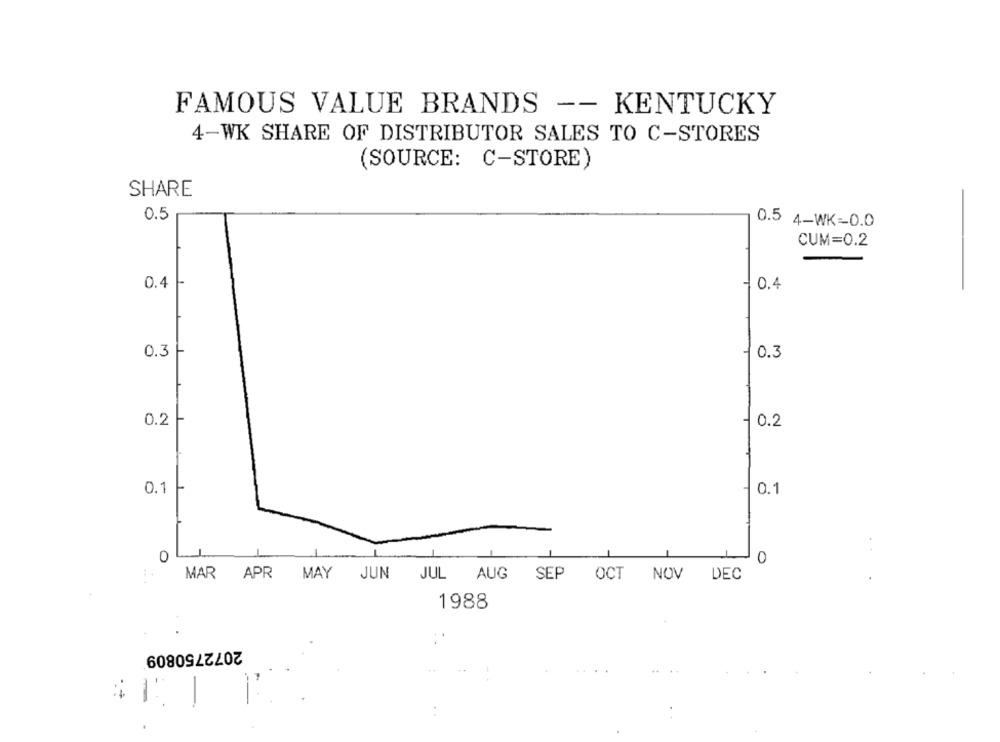
FAMOUS VALUE BRANDS -- KENTUCKY
4-WK SHARE OF DISTRIBUTOR SALES TO C-STORES
(SOURCE: C-STORE)
SHARE
0.5
0.5 4-WK=0.0
CUM=0.2
0.4
0.4
0.3 -
0.3
0.2
0.2
0.1
-0.1
0
0
MAR APR MAY
JUN JUL AUG SEP
OCT NOV
DEC
1988
2072750809